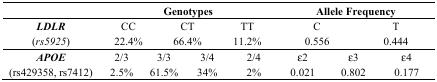
|  | <COLSPAN=6> Genotypes | <COLSPAN=4> Allele Frequency |
 | --- | --- | --- | --- | --- | --- | --- | --- | --- | --- | --- |
 | LDLR | <COLSPAN=2> CC | <COLSPAN=2> CT | <COLSPAN=2> TT | <COLSPAN=2> C | <COLSPAN=2> T |
 | (rs5925) | <COLSPAN=2> 22.4% | <COLSPAN=2> 66.4% | <COLSPAN=2> 11.2% | <COLSPAN=2> 0.556 | <COLSPAN=2> 0.444 |
 | APOE | 2/3 | <COLSPAN=2> 3/3 | <COLSPAN=2> 3/4 | 2/4 | ε2 | <COLSPAN=2> ε3 | ε4 |
 | (rs429358, rs7412) | 2.5% | <COLSPAN=2> 61.5% | <COLSPAN=2> 34% | 2% | 0.021 | <COLSPAN=2> 0.802 | 0.177 |